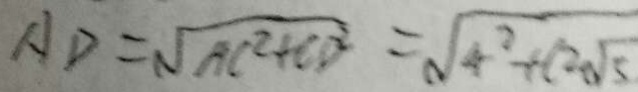
A D = \sqrt { A C ^ { 2 } + C D ^ { 2 } } = \sqrt { 4 ^ { 2 } + ( 2 \sqrt { 5 } }